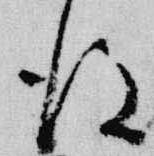
後